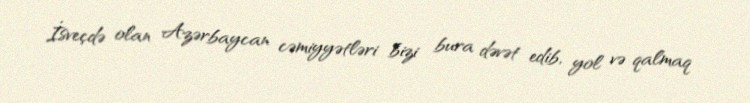
İsveçdə olan Azərbaycan cəmiyyətləri bizi bura dəvət edib, yol və qalmaq